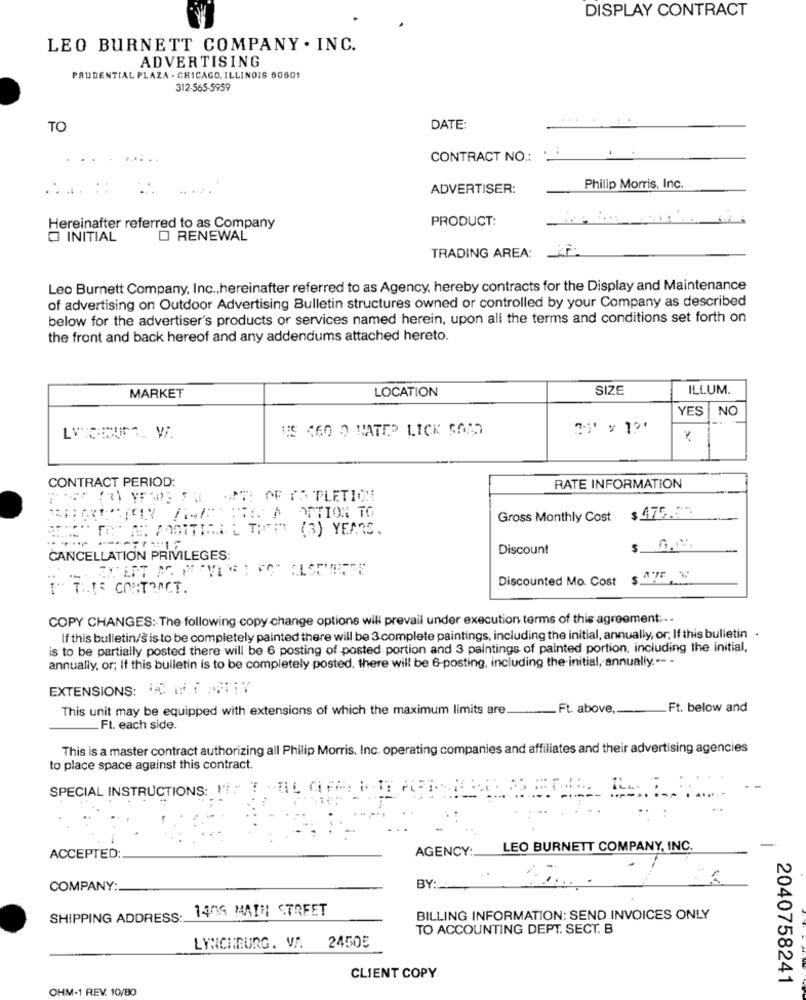
DISPLAY CONTRACT
LEO BURNETT COMPANY . INC.
ADVERTISING
PRUDENTIAL PLAZA . CHICAGO, ILLINOIS 60601
312-565-5959
TO
DATE:
..
CONTRACT NO .:
ADVERTISER:
Philip Morris, Inc.
PRODUCT:
Hereinafter referred to as Company
O INITIAL
O RENEWAL
TRADING AREA:
Leo Burnett Company, Inc ., hereinafter referred to as Agency, hereby contracts for the Display and Maintenance
of advertising on Outdoor Advertising Bulletin structures owned or controlled by your Company as described
below for the advertiser's products or services named herein, upon all the terms and conditions set forth on
the front and back hereof and any addendums attached hereto.
LOCATION
SIZE
ILLUM.
MARKET
YES NO
US 460 0 NATEO LICK SOM
CONTRACT PERIOD:
RATE INFORMATION
ANTI AF IS PLETICHE
OPTION TO
Gross Monthly Cost $ 475.5"
.......
TAT AM BONITING L THEM" (3) YEARS.
Discount
CANCELLATION PRIVILEGES:
Discounted Mo. Cost
I THE CONTRACT.
COPY CHANGES: The following copy change options will prevail under execution terms of this agreement ...
If this bulletin/S is to be completely painted there will be 3 complete paintings, including the initial, annually, or, If this bulletin .
is to be partially posted there will be 6 posting of posted portion and 3 paintings of painted portion, including the initial,
annually, or; If this bulletin is to be completely posted, there will be 6-posting, including the initial, annually .-- -
EXTENSIONS: 4 1 : 17
This unit may be equipped with extensions of which the maximum limits are_Ft. above,
Ft. below and
_Ft. each side.
This is a master contract authorizing all Philip Morris, Inc. operating companies and affiliates and their advertising agencies
to place space against this contract.
SPECIAL INSTRUCTIONS: Il : T
- -
AGENCY:
LEO BURNETT COMPANY, INC.
ACCEPTED:
COMPANY:
BY:
1406 MAIN STREET
SHIPPING ADDRESS:
BILLING INFORMATION: SEND INVOICES ONLY
TO ACCOUNTING DEPT. SECT. B
LYNCHBURG. VA.
24505
CLIENT COPY
2040758241
OHM-1 REV. 10/80